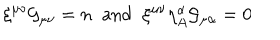
LaTeX: \xi ^ { \mu \nu } { \cal G } _ { \mu \nu } = n \; \; \mathrm { a n d } \; \; \xi ^ { \mu \nu } \eta _ { A } ^ { \alpha } { \cal G } _ { \mu \alpha } = 0